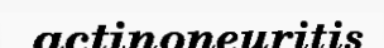
actinoneuritis